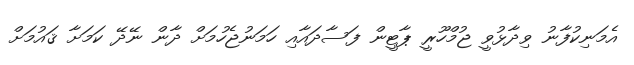
އެމަނިކުފާނު ވިދާޅުވީ ޖުމްހޫރީ ޕާޓީން ފަސާދައާއި ހަމަނުޖެހުމަށް ދާން ނޭދޭ ކަމަށާ ޤައުމަށް